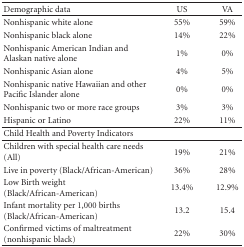
<table><thead><tr><td><b>Demographic data</b></td><td><b>US</b></td><td><b>VA</b></td></tr></thead><tbody><tr><td>Nonhispanic white alone</td><td>55%</td><td>59%</td></tr><tr><td>Nonhispanic black alone</td><td>14%</td><td>22%</td></tr><tr><td>Nonhispanic American Indian and Alaskan native alone</td><td>1%</td><td>0%</td></tr><tr><td>Nonhispanic Asian alone</td><td>4%</td><td>5%</td></tr><tr><td>Nonhispanic native Hawaiian and other Pacific Islander alone</td><td>0%</td><td>0%</td></tr><tr><td>Nonhispanic two or more race groups</td><td>3%</td><td>3%</td></tr><tr><td>Hispanic or Latino</td><td>22%</td><td>11%</td></tr><tr><td>Child Health and Poverty Indicators</td><td></td><td></td></tr><tr><td>Children with special health care needs (All)</td><td>19%</td><td>21%</td></tr><tr><td>Live in poverty (Black/African-American)</td><td>36%</td><td>28%</td></tr><tr><td>Low Birth weight (Black/African-American)</td><td>13.4%</td><td>12.9%</td></tr><tr><td>Infant mortality per 1,000 births (Black/African-American)</td><td>13.2</td><td>15.4</td></tr><tr><td>Confirmed victims of maltreatment (nonhispanic black)</td><td>22%</td><td>30%</td></tr></tbody></table>